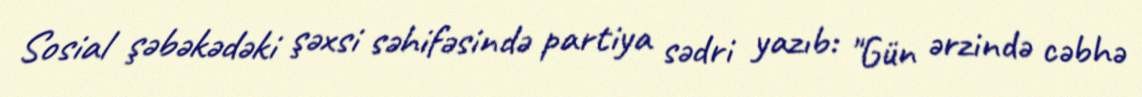
Sosial şəbəkədəki şəxsi səhifəsində partiya sədri yazıb: "Gün ərzində cəbhə